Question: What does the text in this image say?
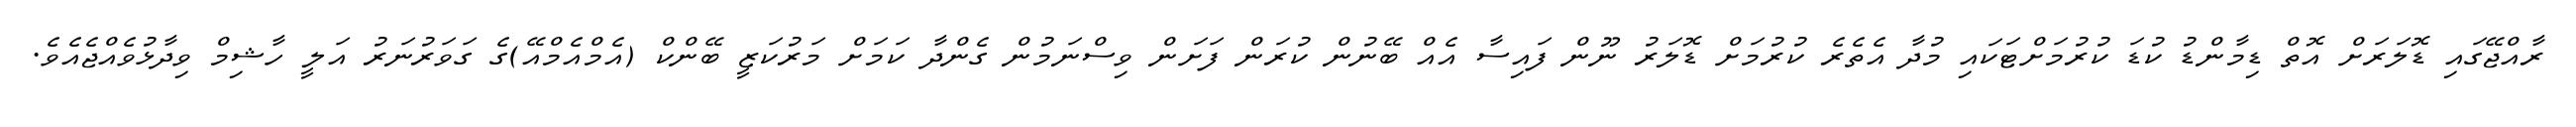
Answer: ރާއްޖޭގައި ޑޮލަރަށް އޮތް ޑިމާންޑު ކުޑަ ކުރުމަށްޓަކައި މުދާ އެތެރެ ކުރުމަށް ޑޮލަރު ނޫން ފައިސާ އެއް ބޭނުން ކުރަން ފަށަން ވިސްނަމުން ގެންދާ ކަމަށް މަރުކަޒީ ބޭންކް (އެމްއެމްއޭ)ގެ ގަވަރުނަރު އަލީ ހާޝިމް ވިދާޅުވެއްޖެއެވެ.